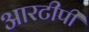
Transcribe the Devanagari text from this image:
आरटीपी